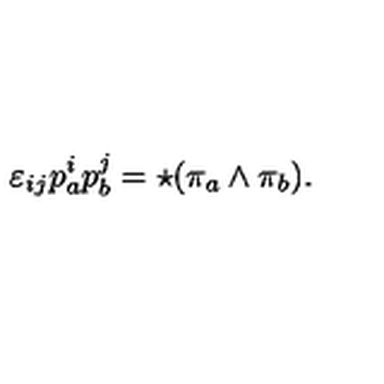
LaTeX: \varepsilon _ { i j } p _ { a } ^ { i } p _ { b } ^ { j } = \star ( \pi _ { a } \wedge \pi _ { b } ) .